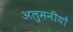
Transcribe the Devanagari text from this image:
अलुमनीयों